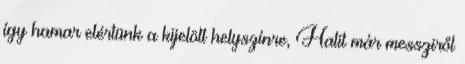
így hamar elértünk a kijelölt helyszínre, Hatit már messziről